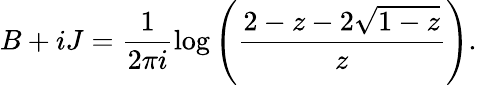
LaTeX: B+iJ=\frac 1{2\pi i}\log\left(\frac{2-z-2\sqrt{1-z}}z\right).